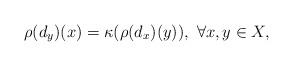
LaTeX: \begin{align*} \rho(d_y)(x) = \kappa(\rho(d_x)(y)),\ \forall x,y\in X, \end{align*}